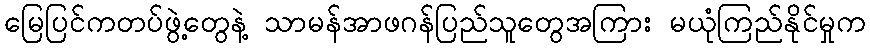
မြေပြင်ကတပ်ဖွဲ့တွေနဲ့ သာမန်အာဖဂန်ပြည်သူတွေအကြား မယုံကြည်နိုင်မှုက